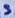
Text: 3